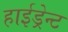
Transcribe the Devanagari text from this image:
हाईड्रेन्ट